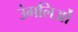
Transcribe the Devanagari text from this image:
उंगलिओं